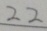
2 2